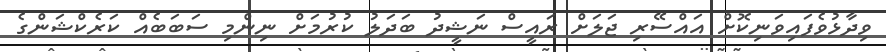
ވިދާޅުވެފައިވަނިކޮށް އައްސޭރި ޖަލަށް ރައީސް ނަޝީދު ބަދަލު ކުރުމަށް ނިންމި ސަބަބެއް ކަރެކްޝަންގެ